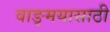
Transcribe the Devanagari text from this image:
वाङ्‌मयासाठी